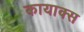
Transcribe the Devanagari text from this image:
कायाक्स